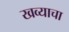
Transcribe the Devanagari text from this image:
खव्याचा